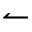
\leftharpoonup